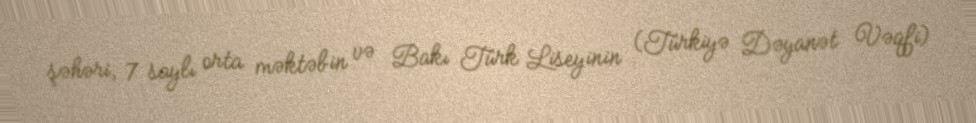
şəhəri, 7 saylı orta məktəbin və Bakı Türk Liseyinin (Türkiyə Dəyanət Vəqfi)